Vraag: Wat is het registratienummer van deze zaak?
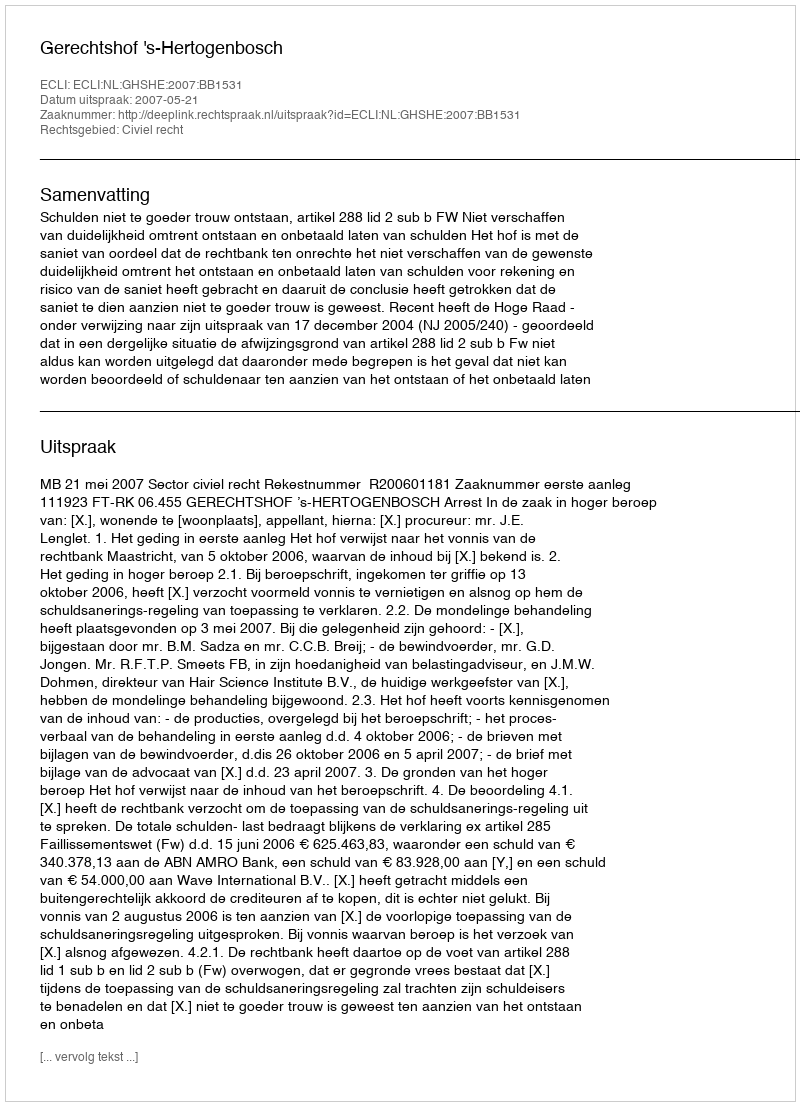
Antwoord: http://deeplink.rechtspraak.nl/uitspraak?id=ECLI:NL:GHSHE:2007:BB1531